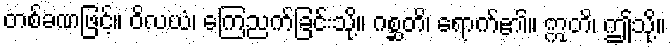
တစ်ခဏဖြင့်။ ဝိလယံ၊ ကြေညက်ခြင်းသို့။ ဂစ္ဆတိ၊ ရောက်၏။ ဣတိ၊ ဤသို့။